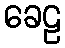
ခေဠ